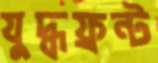
যুদ্ধফ্রন্ট